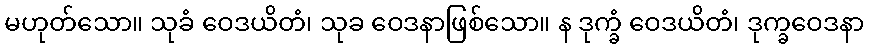
မဟုတ်သော။ သုခံ ဝေဒယိတံ၊ သုခ ဝေဒနာဖြစ်သော။ န ဒုက္ခံ ဝေဒယိတံ၊ ဒုက္ခဝေဒနာ